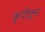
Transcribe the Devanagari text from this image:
कुपीतून